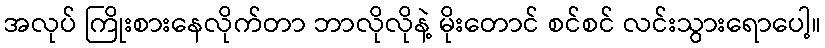
အလုပ် ကြိုးစားနေလိုက်တာ ဘာလိုလိုနဲ့ မိုးတောင် စင်စင် လင်းသွားရောပေါ့။